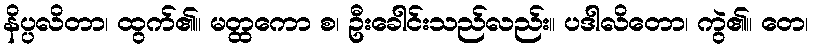
နိပ္ပလိတာ၊ ထွက်၏။ မတ္ထကော စ၊ ဦးခေါင်းသည်လည်း။ ပဒါလိတော၊ ကွဲ၏။ တေ၊